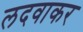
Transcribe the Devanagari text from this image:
लदवाकर